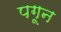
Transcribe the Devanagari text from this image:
पगून